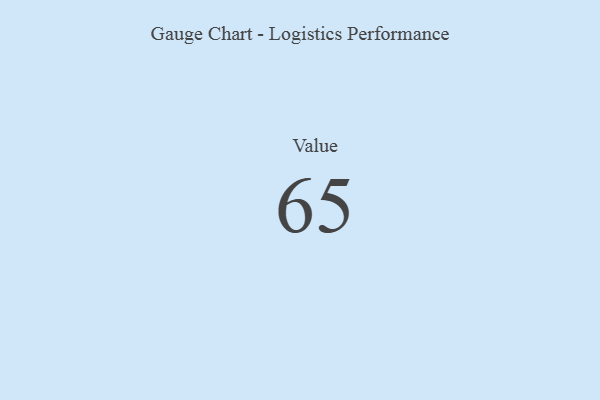
{"axis": {"x": "Metric", "y": "Value"}, "legend": [""], "data": [{"x": "Value", "y": 65, "type": ""}]}